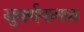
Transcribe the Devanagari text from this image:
सुवर्णकमळ